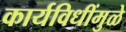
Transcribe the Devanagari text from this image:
कार्यविधींमुळे